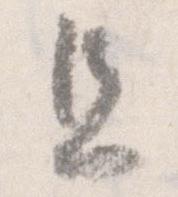
且